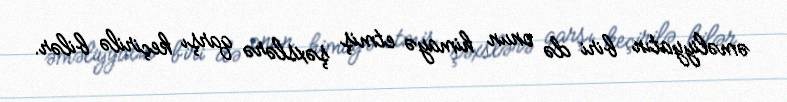
əməliyyatın biri də onun himayə etmiş şəxslərə qarşı keçirilə bilər.